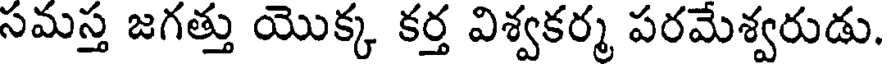
సమస్త జగత్తు యొక్క కర్త విశ్వకర్మ పరమేశ్వరుడు.